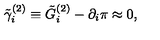
\tilde { \gamma } _ { i } ^ { ( 2 ) } \equiv \tilde { G } _ { i } ^ { ( 2 ) } - \partial _ { i } \pi \approx 0 ,